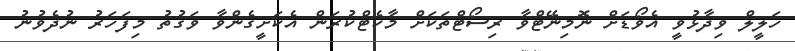
ހަލީލް ވިދާޅުވީ އެވޯޑަށް ނޮމިނޭޓްވާ ރިސޯޓްތަކަށް މާކެޓްކުރަން އެކަށީގެންވާ ވަގުތު މިފަހަރު ނުދެވުނު